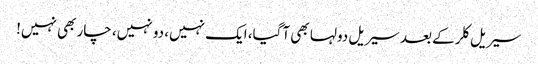
سیریل کلر کے بعد سیریل دولہا بھی آگیا، ایک نہیں، دو نہیں، چار بھی نہیں!